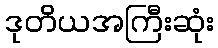
ဒုတိယအကြီးဆုံး